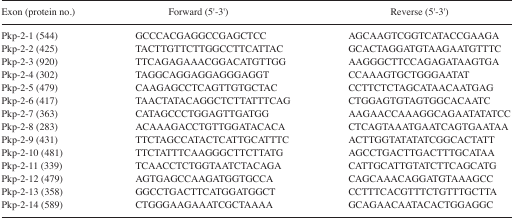
<table><thead><tr><td><b>Exon (protein no.)</b></td><td><b>Forward (5′-3′)</b></td><td><b>Reverse (5′-3′)</b></td></tr></thead><tbody><tr><td>Pkp-2-1 (544)</td><td>GCCCACGAGGCCGAGCTCC</td><td>AGCAAGTCGGTCATACCGAAGA</td></tr><tr><td>Pkp-2-2 (425)</td><td>TACTTGTTCTTGGCCTTCATTAC</td><td>GCACTAGGATGTAAGAATGTTTC</td></tr><tr><td>Pkp-2-3 (920)</td><td>TTCAGAGAAACGGACATGTTGG</td><td>AAGGGCTTCCAGAGATAAGTGA</td></tr><tr><td>Pkp-2-4 (302)</td><td>TAGGCAGGAGGAGGGAGGT</td><td>CCAAAGTGCTGGGAATAT</td></tr><tr><td>Pkp-2-5 (479)</td><td>CAAGAGCCTCAGTTGTGCTAC</td><td>CCTTCTCTAGCATAACAATGAG</td></tr><tr><td>Pkp-2-6 (417)</td><td>TAACTATACAGGCTCTTATTTCAG</td><td>CTGGAGTGTAGTGGCACAATC</td></tr><tr><td>Pkp-2-7 (363)</td><td>CATAGCCCTGGAGTTGATGG</td><td>AAGAACCAAAGGCAGAATATATCC</td></tr><tr><td>Pkp-2-8 (283)</td><td>ACAAAGACCTGTTGGATACACA</td><td>CTCAGTAAATGAATCAGTGAATAA</td></tr><tr><td>Pkp-2-9 (431)</td><td>TTCTAGCCATACTCATTGCATTTC</td><td>ACTTGGTATATATCGGCACTATT</td></tr><tr><td>Pkp-2-10 (481)</td><td>TTCTATTTCAAGGGCTTCTTATG</td><td>AGCCTGACTTGACTTTGCATAA</td></tr><tr><td>Pkp-2-11 (339)</td><td>TCAACCTCTGGTAATCTACAGA</td><td>CATTGCATTGTATCTTCAGCATG</td></tr><tr><td>Pkp-2-12 (479)</td><td>AGTGAGCCAAGATGGTGCCA</td><td>CAGCAAACAGGATGTAAAGCC</td></tr><tr><td>Pkp-2-13 (358)</td><td>GGCCTGACTTCATGGATGGCT</td><td>CCTTTCACGTTTCTGTTTGCTTA</td></tr><tr><td>Pkp-2-14 (589)</td><td>CTGGGAAGAAATCGCTAAAA</td><td>GCAGAACAATACACTGGAGGC</td></tr></tbody></table>